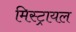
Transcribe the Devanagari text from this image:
मिस्ट्रायल